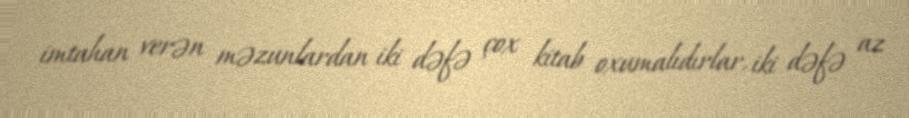
imtahan verən məzunlardan iki dəfə çox kitab oxumalıdırlar, iki dəfə az